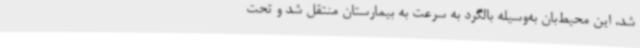
شد، این محیط‌بان به‌وسیله بالگرد به سرعت به بیمارستان منتقل شد و تحت